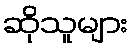
ဆိုသူများ